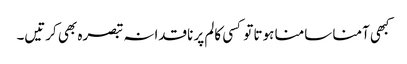
کبھی آمنا سامنا ہوتا تو کسی کالم پر ناقدانہ تبصرہ بھی کرتیں۔